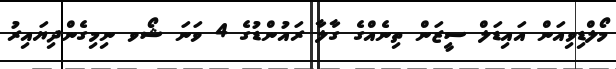
މޯލްޑިވިއަން އައިޑަލް ސީޒަން ތިނެއްގެ ގާލާ ރައުންޑުގެ 4 ވަނަ ޝޯވ ނިމިގެންދިޔައިރު